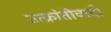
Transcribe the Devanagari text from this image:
उत्क्रांतीवादी